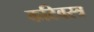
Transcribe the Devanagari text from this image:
कटिवस्त्र